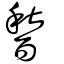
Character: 醔